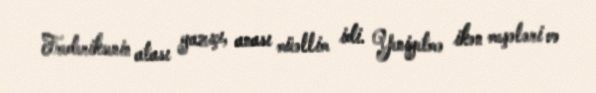
Frederiksenin atası yazıçı, anası müəllim idi. Yeniyetmə ikən meşələri və